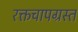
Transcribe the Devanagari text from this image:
रक्तचापग्रस्त